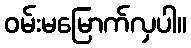
ဝမ်းမမြောက်လှပါ။